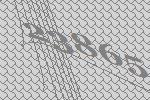
23865